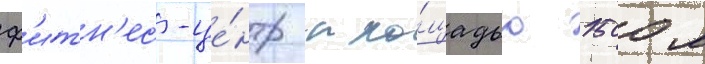
ф'итн'ес-це́нтр пло́щадью 1500 м